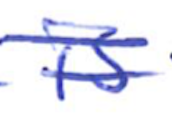
Text: is
Cross-out: double-line
Writing tool: ballpoint